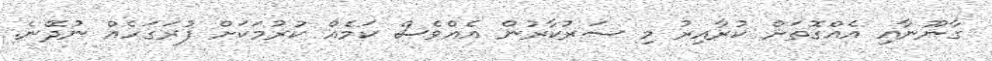
ގާނޫނާއި އެއްގޮތަށް ކުރާއިރު މި ސަރުކާރުން އެއްވެސް ކަމެއް ކުރުމަކަށް ފުރަގަހެއް ނުދޭނެ.